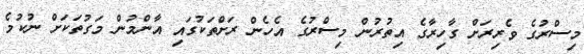
މިސްރުގެ ވެރިރަށް ގާހިރާގެ އިތުރުން މިސްރުގެ އެހެން ރަށްތަކުގައި އާންމުން މަގުތަކަށް ނުކުމެ